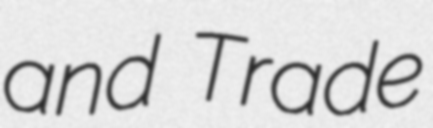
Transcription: and Trade